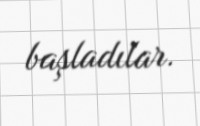
başladılar.